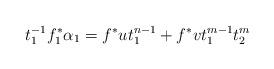
LaTeX: \begin{align*}t_{1}^{-1}f_{1}^{*}\alpha_{1}=f^{*}ut_{1}^{n-1}+f^{*}vt_{1}^{m-1}t_{2}^{m}\end{align*}